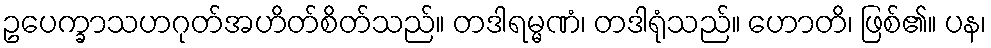
ဥပေက္ခာသဟဂုတ်အဟိတ်စိတ်သည်။ တဒါရမ္မဏံ၊ တဒါရုံသည်။ ဟောတိ၊ ဖြစ်၏။ ပန၊